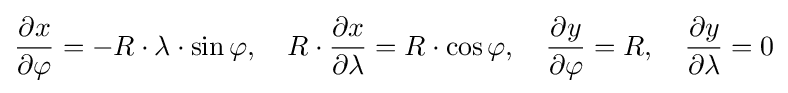
{\frac {\partial x}{\partial \varphi }}=-R\cdot \lambda \cdot \sin \varphi ,\quad R\cdot {\frac {\partial x}{\partial \lambda }}=R\cdot \cos \varphi ,\quad {\frac {\partial y}{\partial \varphi }}=R,\quad {\frac {\partial y}{\partial \lambda }}=0